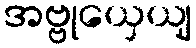
အဗ္ဗုယှေယျ